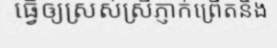
ធ្វើឲ្យស្រស់ស្រីភ្ញាក់ព្រើតនិង